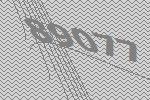
89077